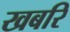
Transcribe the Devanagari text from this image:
खबरि